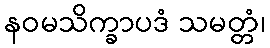
နဝမသိက္ခာပဒံ သမတ္တံ၊